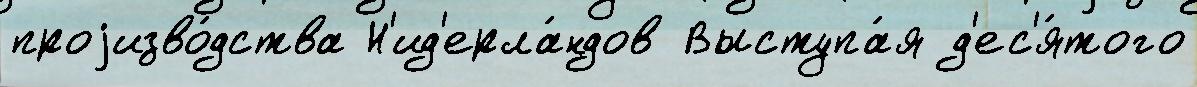
проjизво́дства Н'ид'ерла́ндов Выступа́я д'ес'я́того